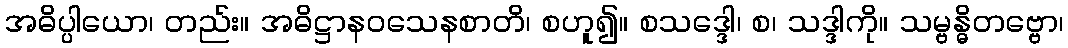
အဓိပ္ပါယော၊ တည်း။ အဓိဋ္ဌာနဝသေနစာတိ၊ စဟူ၍။ စသဒ္ဒေါ၊ စ၊ သဒ္ဒါကို။ သမ္ဗန္ဓိတဗ္ဗော၊